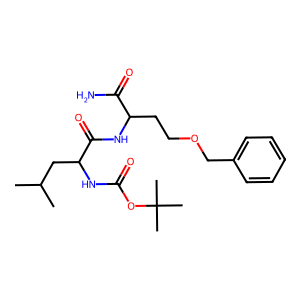
SMILES: CC(C)CC(NC(=O)OC(C)(C)C)C(=O)NC(CCOCc1ccccc1)C(N)=O
Inhibits HIV replication: No